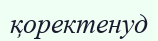
қоректенуд